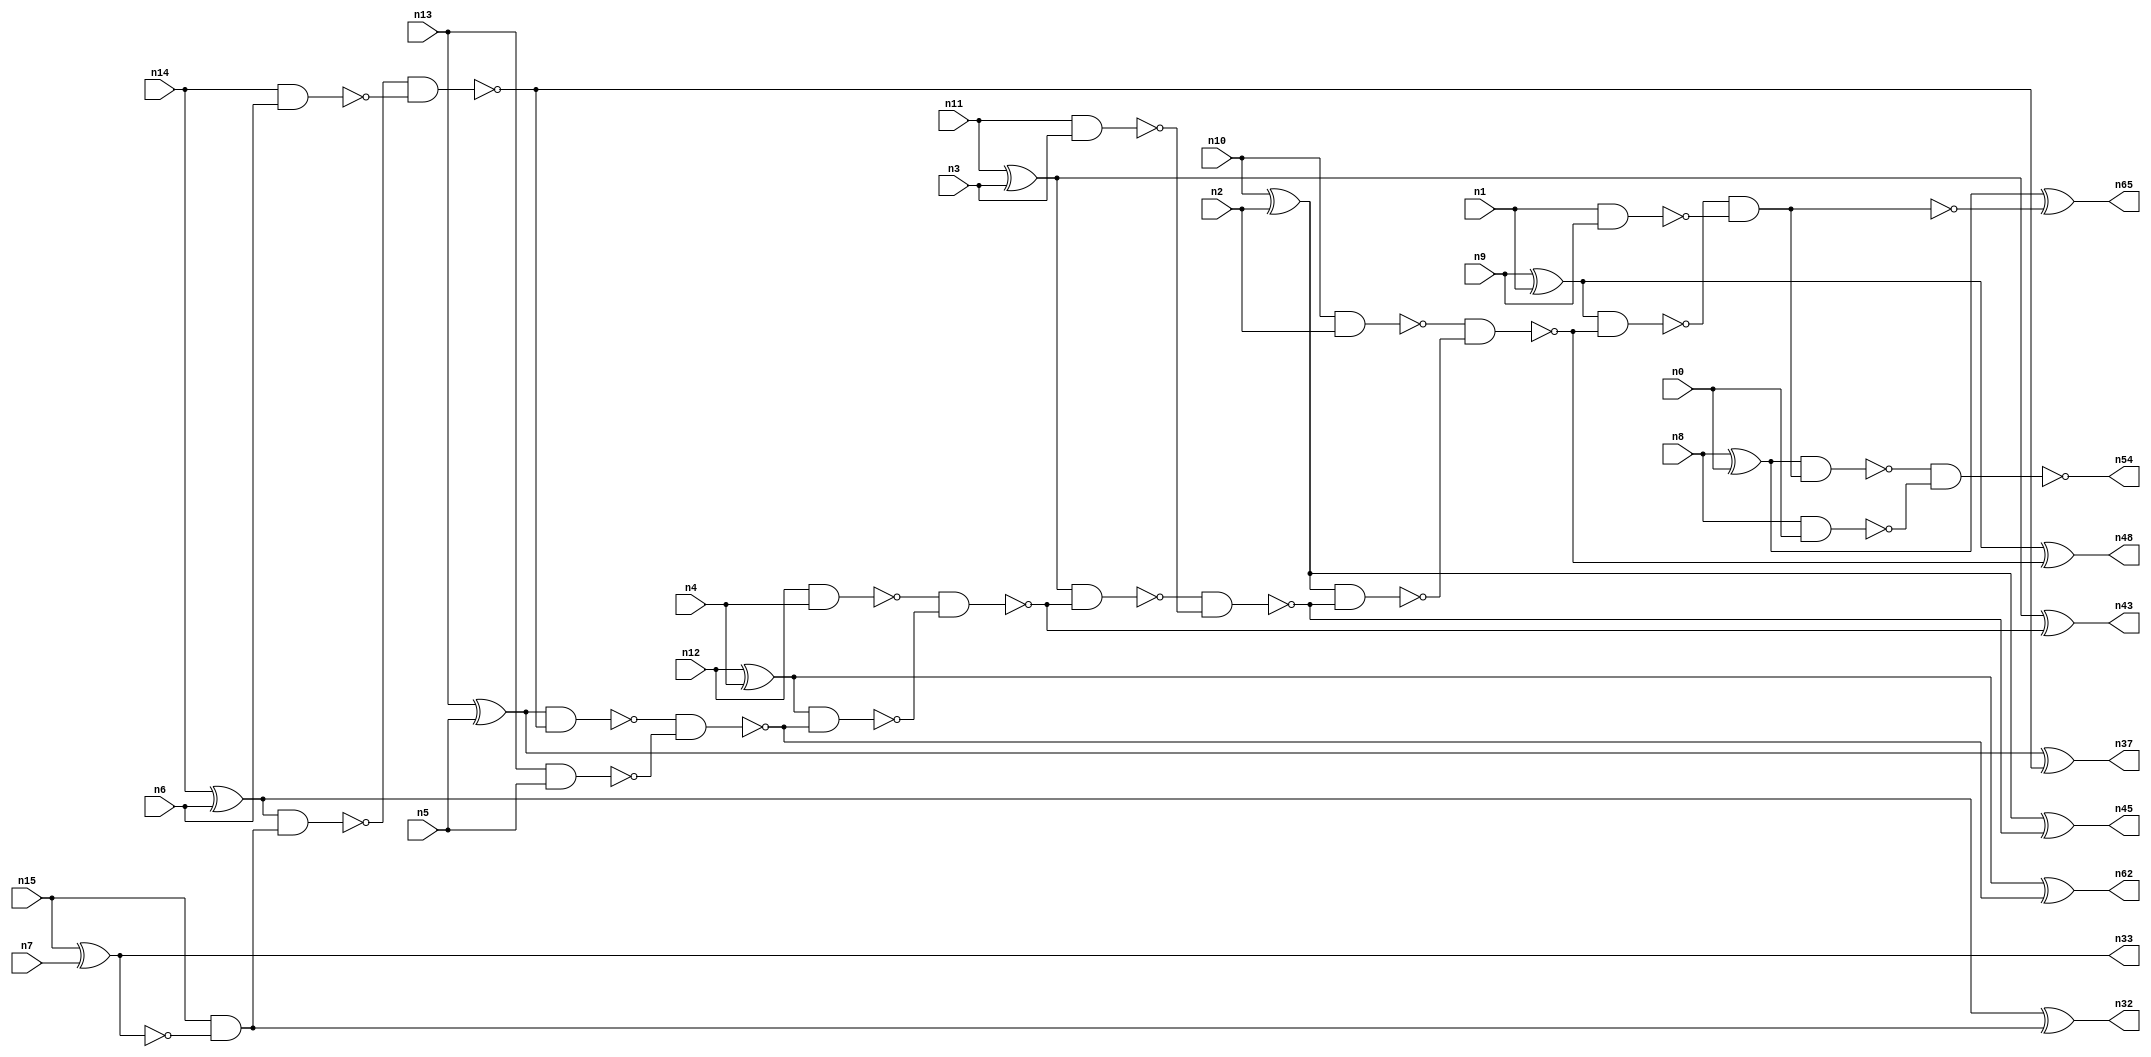
// This program was cloned from: https://github.com/umar-afzaal/ReCkt
// License: MIT License

// This file contains a pareto-optimal circuit with respect to area and the fault-resilince parameter p_fault which is defined as:
// "For all input vectors, the ratio of the no. of faults observable at the POs to the no. of total possible faults in the circuit".
// This code is part of the ReCkt library (https://github.com/umar-afzaal/ReCkt) distributed under The MIT License.
// When used, please cite the following article(s):
// U. Afzaal, A.S. Hassan, M. Usman and J.A. Lee, "On the Evolutionary Synthesis of Increased Fault-resilience Arithmetic Circuits".

// p_fault = 95.9 %    (Lower is better)
// gates = 41.0
// levels = 17
// area = 55.64    (For MCNC library relative to nand2)
// power = 232.0 uW    (Berkely-SIS for MCNC library @ Vdd=5V and 20 MHz clock)
// delay = 21.0 ns    (Berkely-ABC for MCNC library)
// PDP = 4.872e-12 J

// Pin mapping:
// {n0, n1, n2, n3, n4, n5, n6, n7} = A[7:0]
// {n8, n9, n10, n11, n12, n13, n14, n15} = B[7:0]
// {n54, n65, n48, n45, n43, n62, n37, n32, n33} = O[8:0]

module addr8s_area_3 (
n0, n1, n2, n3, n4, n5, n6, n7, n8, n9, n10, n11, n12, n13, n14, n15, 
n54, n65, n48, n45, n43, n62, n37, n32, n33
);

input n0, n1, n2, n3, n4, n5, n6, n7, n8, n9, n10, n11, n12, n13, n14, n15;
output n54, n65, n48, n45, n43, n62, n37, n32, n33;
wire n22, n42, n28, n21, n49, n30, n16, n27, n52, n24, n20, n53, n18, n51, n31, n39, n25, n41, n26, n35, 
n29, n17, n38, n19, n34, n50, n46, n47, n23, n40, n36, n44;

nand (n16, n12, n4);
xor (n17, n8, n0);
nand (n18, n13, n5);
nand (n19, n10, n2);
xor (n20, n13, n5);
nand (n21, n11, n3);
xnor (n22, n15, n7);
xor (n23, n12, n4);
xor (n24, n9, n1);
nand (n25, n1, n9);
nand (n26, n8, n0);
xor (n27, n11, n3);
xor (n28, n14, n6);
nand (n29, n14, n6);
and (n30, n15, n22);
xor (n31, n10, n2);
xor (n32, n28, n30);
nand (n33, n22, n22);
nand (n34, n28, n30);
nand (n35, n34, n29);
nand (n36, n20, n35);
xor (n37, n20, n35);
nand (n38, n36, n18);
nand (n39, n23, n38);
xnor (n40, n23, n38);
nand (n41, n16, n39);
nand (n42, n27, n41);
xor (n43, n27, n41);
nand (n44, n42, n21);
xor (n45, n31, n44);
nand (n46, n31, n44);
nand (n47, n19, n46);
xor (n48, n24, n47);
nand (n49, n24, n47);
and (n50, n49, n25);
nand (n51, n50, n50);
nand (n52, n17, n50);
xnor (n53, n17, n51);
nand (n54, n52, n26);
nand (n62, n40, n40);
nand (n65, n53, n53);

endmodule